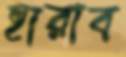
হারাব